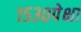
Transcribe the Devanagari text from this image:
१५३०पेक्षा